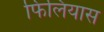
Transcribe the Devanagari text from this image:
फिलियास